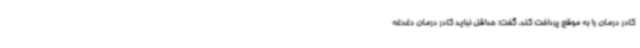
کادر درمان را به موقع پرداخت کند، گفت:‌ حداقل نباید کادر درمان دغدغه